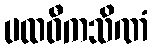
ပထဝီကသိဏံ